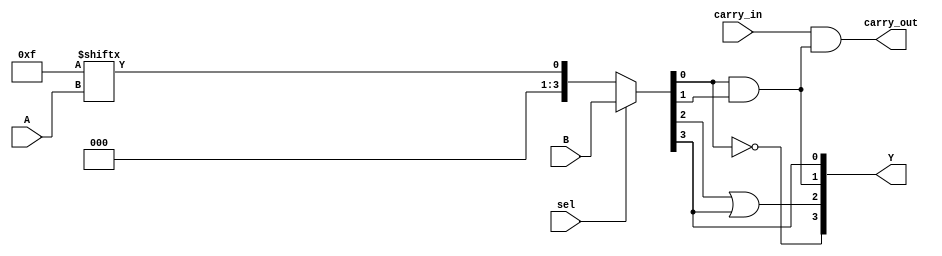
module CLB (
    input wire [3:0] A,        // 4-bit input
    input wire [3:0] B,        // 4-bit input for multiplexer
    input wire sel,            // Select signal for multiplexer
    input wire carry_in,       // Carry input for arithmetic operations
    output wire carry_out,     // Carry output for arithmetic operations
    output wire [3:0] Y        // 4-bit output
);

// Lookup Table (LUT) - 4-input LUT
reg [15:0] lut; // 2^4 = 16 possible combinations
always @(*) begin
    // Example: Configure LUT to implement a specific function
    // Here we implement a simple AND function for demonstration
    lut = 16'b0000000000001111; // Outputs 1 for inputs 0b0000 to 0b0011
end

// LUT output
wire [3:0] lut_out;
assign lut_out = {lut[A[3:0]]}; // Select output based on input A

// Multiplexer to select between LUT output and another input B
wire [3:0] mux_out;
assign mux_out = sel ? B : lut_out;

// Additional Logic Gates (AND, OR, NOT)
wire and_out, or_out, not_out;
assign and_out = mux_out[0] & mux_out[1]; // AND gate
assign or_out = mux_out[2] | mux_out[3];  // OR gate
assign not_out = ~mux_out[0];              // NOT gate

// Carry Logic (simple example)
assign carry_out = carry_in & and_out; // Example carry logic

// Final output selection
assign Y = {not_out, or_out, and_out, mux_out[3]}; // Combine outputs

endmodule